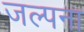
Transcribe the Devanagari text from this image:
जल्पना